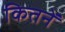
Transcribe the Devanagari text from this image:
कितनें